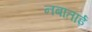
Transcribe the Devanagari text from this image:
नबाताई